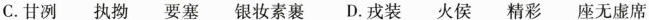
C.甘冽 执拗 要塞 银妆素裹 D.戎装 火侯 精彩 座无虚席